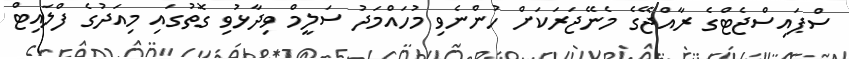
ސްޕައިސްޖެޓްގެ ރާއްޖޭގެ މެނޭޖަރަކަށް ހުންނެވި މުހައްމަދު ސަލީމް ވިދާޅުވި ގޮތުގައި މިއަދުގެ ފްލައިޓް